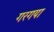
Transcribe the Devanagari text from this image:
गरगया